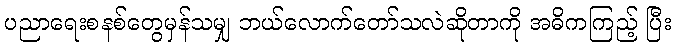
ပညာရေးစနစ်တွေမှန်သမျှ ဘယ်လောက်တော်သလဲဆိုတာကို အဓိကကြည့် ပြီး